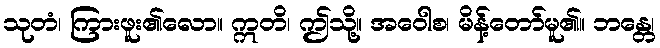
သုတံ၊ ကြားဖူး၏လော။ ဣတိ၊ ဤသို့။ အဝေါစ၊ မိန့်တော်မူ၏။ ဘန္တေ၊